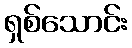
ရှစ်သောင်း